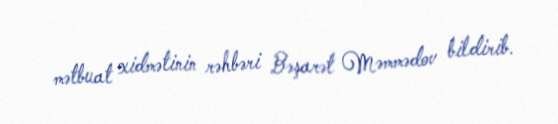
mətbuat xidmətinin rəhbəri Bəşarət Məmmədov bildirib.